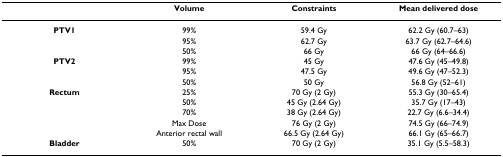
|  | Volume | Constraints | Mean delivered dose |
 | --- | --- | --- | --- |
 | PTV1 | 99% | 59.4 Gy | 62.2 Gy (60.7–63) |
 |  | 95% | 62.7 Gy | 63.7 Gy (62.7–64.6) |
 |  | 50% | 66 Gy | 66 Gy (64–66.6) |
 | PTV2 | 99% | 45 Gy | 47.6 Gy (45–49.8) |
 |  | 95% | 47.5 Gy | 49.6 Gy (47–52.3) |
 |  | 50% | 50 Gy | 56.8 Gy (52–61) |
 | Rectum | 25% | 70 Gy (2 Gy) | 55.3 Gy (30–65.4) |
 |  | 50% | 45 Gy (2.64 Gy) | 35.7 Gy (17–43) |
 |  | 70% | 38 Gy (2.64 Gy) | 22.7 Gy (6.6–34.4) |
 |  | Max Dose | 76 Gy (2 Gy) | 74.5 Gy (66–74.9) |
 |  | Anterior rectal wall | 66.5 Gy (2.64 Gy) | 66.1 Gy (65–66.7) |
 | Bladder | 50% | 70 Gy (2 Gy) | 35.1 Gy (5.5–58.3) |